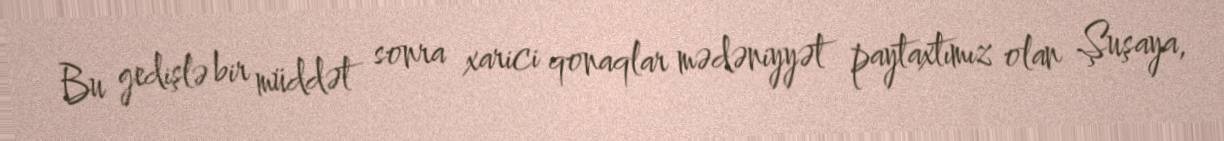
Bu gedişlə bir müddət sonra xarici qonaqlar mədəniyyət paytaxtımız olan Şuşaya,